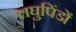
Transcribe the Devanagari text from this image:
लघुपिंडों